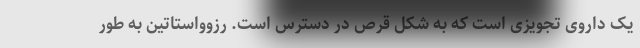
یک داروی تجویزی است که به شکل قرص در دسترس است. رزوواستاتین به طور